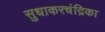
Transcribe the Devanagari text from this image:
सुधाकरचंद्रिका